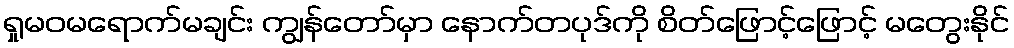
ရှုမဝမရောက်မချင်း ကျွန်တော်မှာ နောက်တပုဒ်ကို စိတ်ဖြောင့်ဖြောင့် မတွေးနိုင်